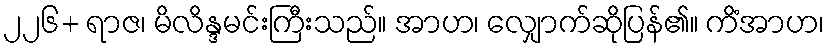
၂၂၆+ ရာဇ၊ မိလိန္ဒမင်းကြီးသည်။ အာဟ၊ လျှောက်ဆိုပြန်၏။ ကိံအာဟ၊